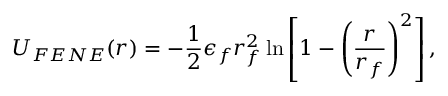
U _ { F E N E } ( r ) = - \frac { 1 } { 2 } \epsilon _ { f } r _ { f } ^ { 2 } \ln \left[ 1 - \left( \frac { r } { r _ { f } } \right) ^ { 2 } \right] ,